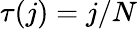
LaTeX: \tau(j)=j/N